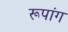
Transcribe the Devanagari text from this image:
रूपांग